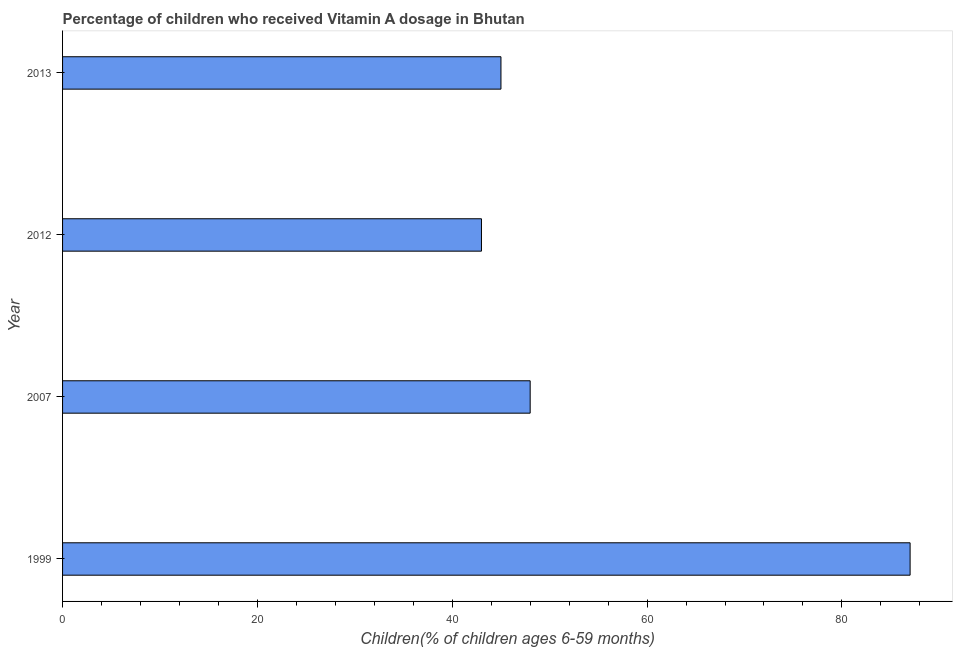
| Year | Vitamin A supplementation coverage rate  |
 | --- | --- |
 | 1999 | 87 |
 | 2007 | 48 |
 | 2012 | 43 |
 | 2013 | 45 |